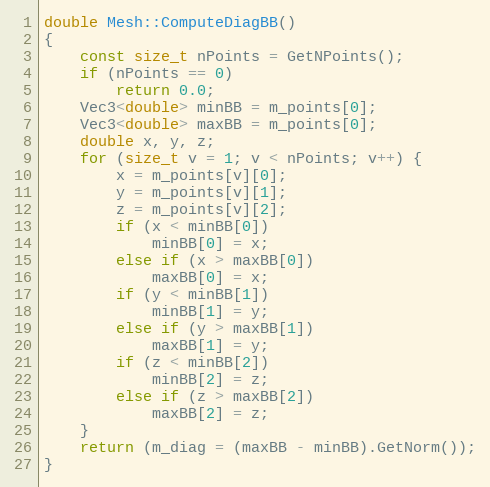
Language: C++
double Mesh::ComputeDiagBB()
{
    const size_t nPoints = GetNPoints();
    if (nPoints == 0)
        return 0.0;
    Vec3<double> minBB = m_points[0];
    Vec3<double> maxBB = m_points[0];
    double x, y, z;
    for (size_t v = 1; v < nPoints; v++) {
        x = m_points[v][0];
        y = m_points[v][1];
        z = m_points[v][2];
        if (x < minBB[0])
            minBB[0] = x;
        else if (x > maxBB[0])
            maxBB[0] = x;
        if (y < minBB[1])
            minBB[1] = y;
        else if (y > maxBB[1])
            maxBB[1] = y;
        if (z < minBB[2])
            minBB[2] = z;
        else if (z > maxBB[2])
            maxBB[2] = z;
    }
    return (m_diag = (maxBB - minBB).GetNorm());
}